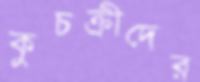
কুচক্রীদের